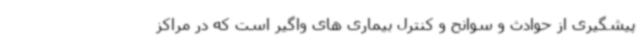
پیشگیری از حوادث و سوانح و کنترل بیماری های واگیر است که در مراکز